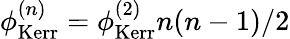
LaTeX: \phi_{\mathrm{Kerr}}^{(n)}=\phi_{\mathrm{Kerr}}^{(2)}n(n-1)/2